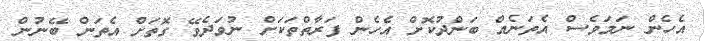
އެހެން ނަމަވެސް އެތަނެއް ބަންދުކޮށް އެހެން ފަރާތްތަކަށް ނުވަދެވޭ ގޮތަށް އެތަން ބޭނުން